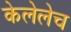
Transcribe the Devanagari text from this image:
केलेलेच